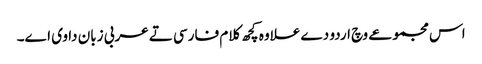
اس مجموعے وچ اردو دے علاوہ کچھ کلام فارسی تے عربی زبان دا وی ا‏‏ے۔